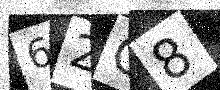
Text: 62C8